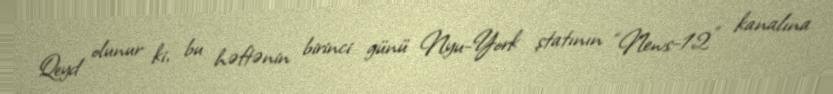
Qeyd olunur ki, bu həftənin birinci günü Nyu-York ştatının “News-12” kanalına